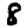
Digit: 8